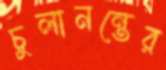
চুলানন্তের